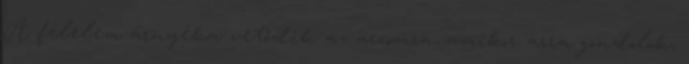
A félelem árnyéka vetődik az arcomra, amikor arra gondolok,